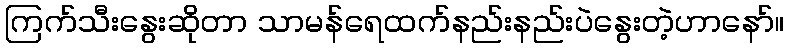
ကြက်သီးနွေးဆိုတာ သာမန်ရေထက်နည်းနည်းပဲနွေးတဲ့ဟာနော်။